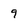
Character: 9